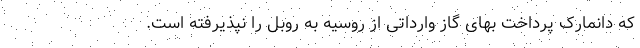
که دانمارک پرداخت بهای گاز وارداتی از روسیه به روبل را نپذیرفته است.